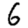
Digit: 6